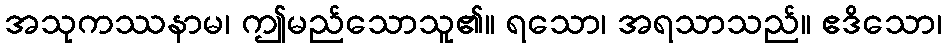
အသုကဿနာမ၊ ဤမည်သောသူ၏။ ရသော၊ အရသာသည်။ ဧဒိသော၊